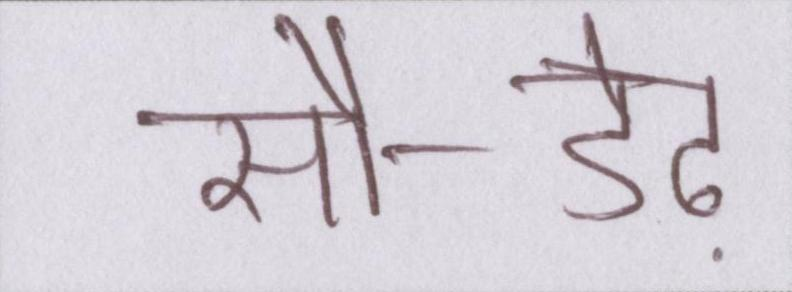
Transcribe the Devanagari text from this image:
सौ-डेढ़